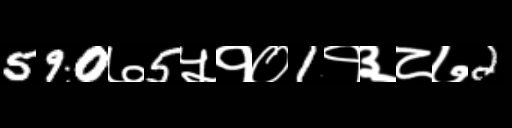
Text: 590७5५१०1१३८७2